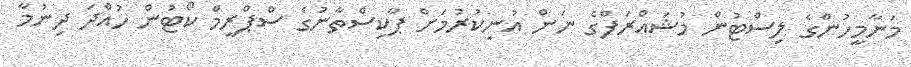
މަނާމީހުންގެ ލިސްޓުން މުޝައްރަފްގެ ނަން އުނިކުރުމަށް ޕާކިސްތާނުގެ ސްޕްރީމް ކޯޓުން ހުއްދަ ދިނުމާ